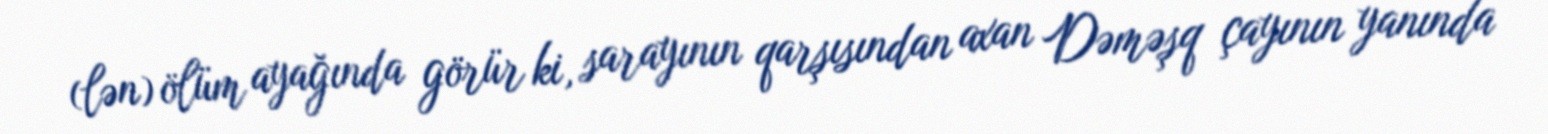
(lən) ölüm ayağında görür ki, sarayının qarşısından axan Dəməşq çayının yanında